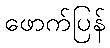
ဖောက်ပြန်